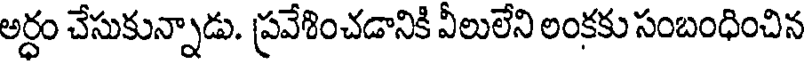
అర్ధం చేసుకున్నాడు. ప్రవేశించడానికి వీలులేని లంకకు సంబంధించిన